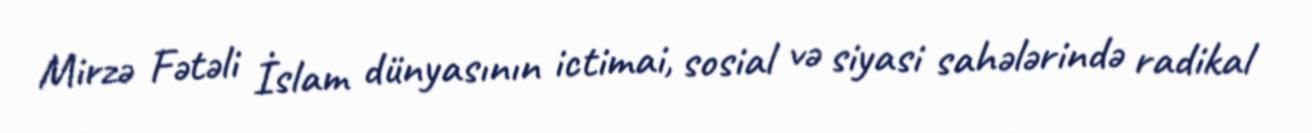
Mirzə Fətəli İslam dünyasının ictimai, sosial və siyasi sahələrində radikal